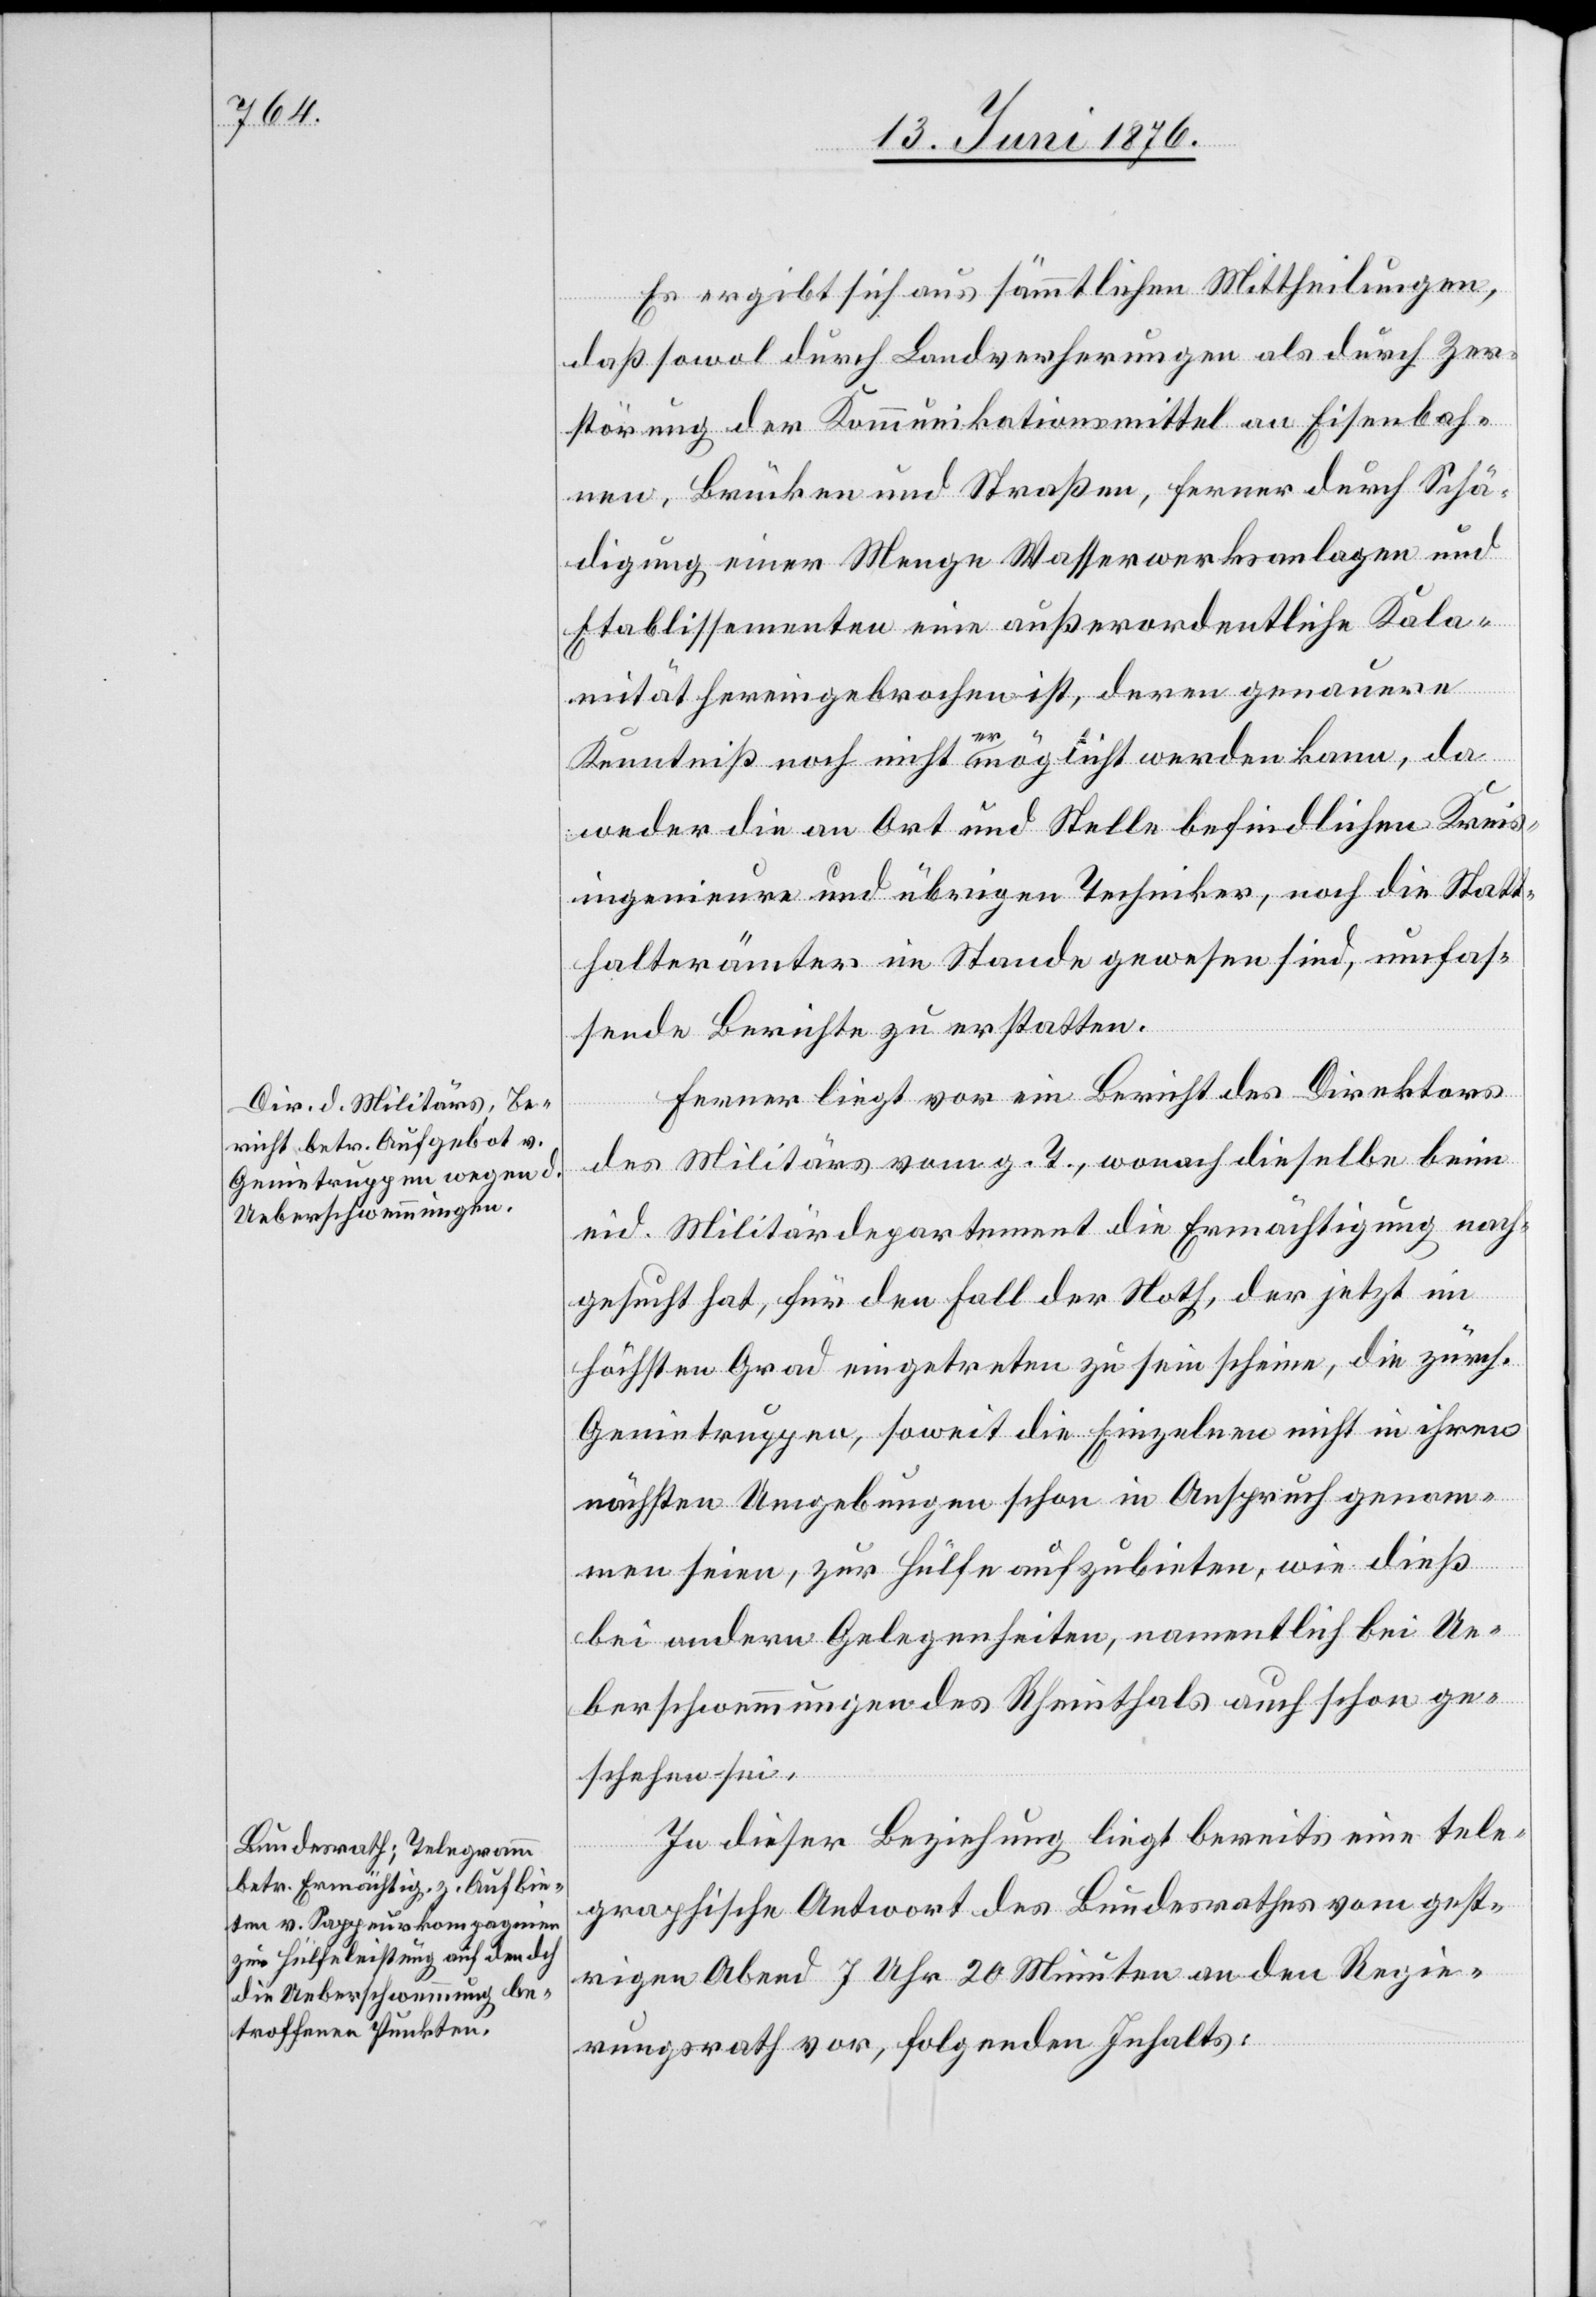
Es ergibt sich aus sämmtlichen Mittheilungen,
daß sowol durch Landverherungen [sic!] als durch Zer¬
störung der Kommunikationsmittel an Eisenbah¬
nen, Brücken und Straßen, ferner durch Schä¬
digung einer Menge Wasserwerksanlagen und
Etablissementen eine außerordentliche Kala¬
mität hereingebrochen ist, deren genauere
Kenntniß noch nicht ermöglicht werden kann, da
weder die an Ort und Stelle befindlichen Kreis¬
ingenieure und übrigen Techniker, noch die Statt¬
halterämter im Stande gewesen sind, umfas¬
sende Berichte zu erstatten.
Ferner liegt vor ein Bericht des Direktors
des Militärs vom g. T., wonach dieselbe beim
eid. Militärdepartement die Ermächtigung nach¬
gesucht hat, für den Fall der Noth, der jetzt im
höchsten Grad eingetreten zu sein scheine, die zürch.
Genietruppen, soweit die Einzelnen nicht in ihren
nächsten Umgebungen schon in Anspruch genom¬
men seien, zur Hülfe aufzubieten, wie dies
bei andern Gelegenheiten, namentlich bei Ue¬
berschwemmungen des Rheinthals auch schon ge¬
schehen sei.
In dieser Beziehung liegt bereits eine tele¬
graphische Antwort des Bundesrathes vom gest¬
rigen Abend 7 Uhr 20 Minuten an den Regie¬
rungsrath vor, folgenden Inhalts: